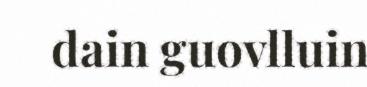
dain guovlluin